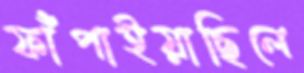
ফাঁপাইয়াছিলে